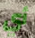
أي